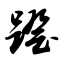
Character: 蹬